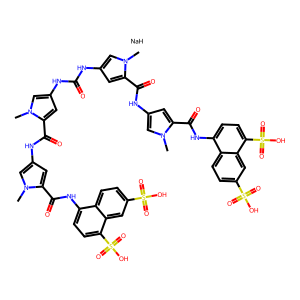
SMILES: Cn1cc(NC(=O)Nc2cc(C(=O)Nc3cc(C(=O)Nc4ccc(S(=O)(=O)O)c5cc(S(=O)(=O)O)ccc45)n(C)c3)n(C)c2)cc1C(=O)Nc1cc(C(=O)Nc2ccc(S(=O)(=O)O)c3cc(S(=O)(=O)O)ccc23)n(C)c1.[NaH]
Inhibits HIV replication: Yes